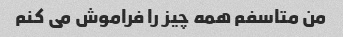
من متاسفم همه چیز را فراموش می کنم